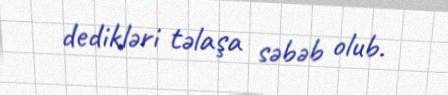
dedikləri təlaşa səbəb olub.